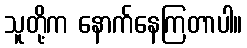
သူတို့က နောက်နေကြတာပါ။